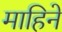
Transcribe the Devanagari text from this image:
माहिने